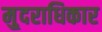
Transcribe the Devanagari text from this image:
मु्दराधिकार